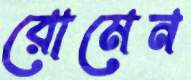
রোমেন